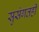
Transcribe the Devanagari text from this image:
सुसंगतही